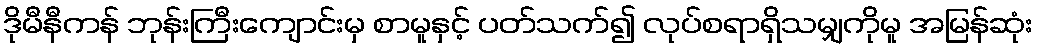
ဒိုမီနီကန် ဘုန်းကြီးကျောင်းမှ စာမူနှင့် ပတ်သက်၍ လုပ်စရာရှိသမျှကိုမူ အမြန်ဆုံး